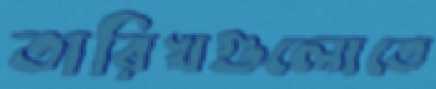
তারিখগুলোতে